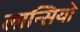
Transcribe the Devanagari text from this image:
लान्सियो